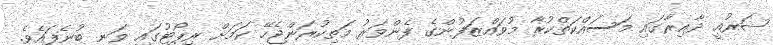
ޝަރުއީ ދާއިރާގައި މަސައްކަތްކުރާ މުވައްޒަފުންގެ ފެންވަރު މަތިކުރަންޖެހޭ ކަމަށް ރިޕޯޓުގައި ވަނީ ބުނެފައެވެ.